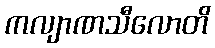
ကလျာဏသီလောတိ